65_HS1-834228961_62-HQ-83894_Section_5
Agency: FBI
Page 208
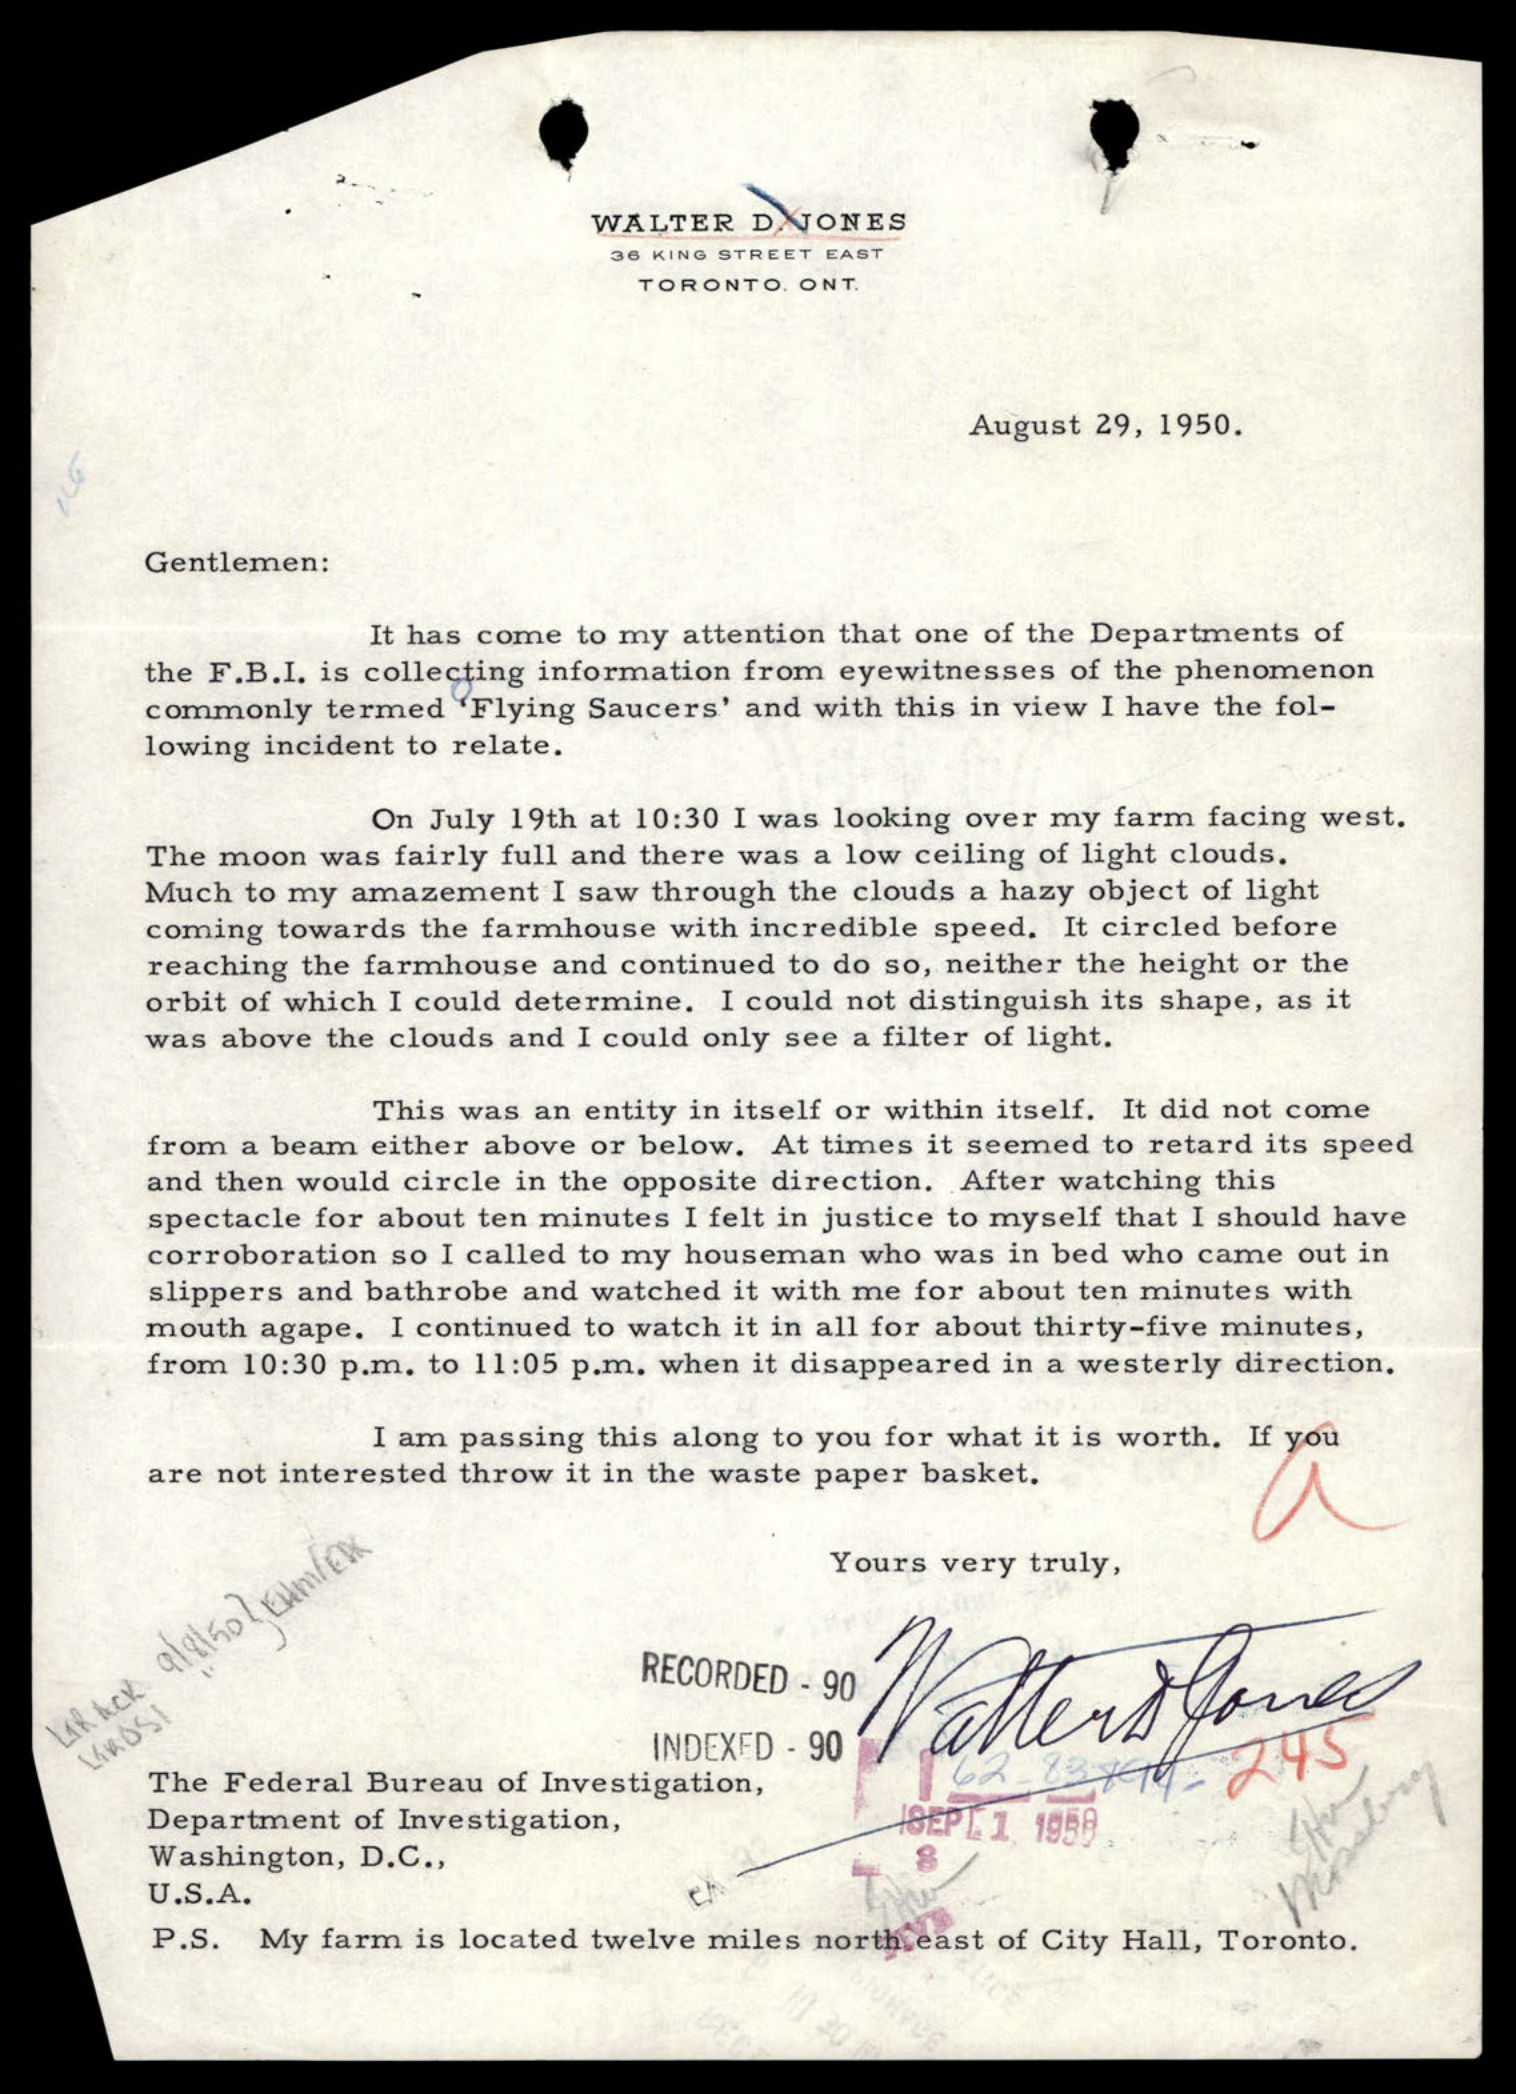